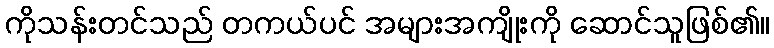
ကိုသန်းတင်သည် တကယ်ပင် အများအကျိုးကို ဆောင်သူဖြစ်၏။